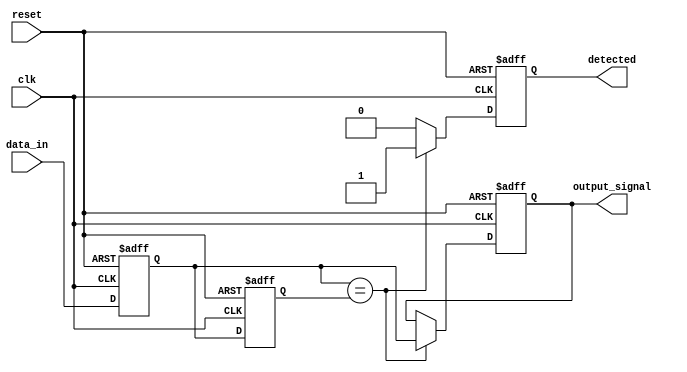
module MemoryBlocksSamplingDelayLineDetector #(
    parameter DATA_WIDTH = 8,         // Width of the input data
    parameter DELAY_LINE_LENGTH = 16,  // Number of memory blocks in the delay line
    parameter SAMPLING_RATE = 100      // Sampling rate (in Hz, for example)
)(
    input wire clk,                    // System clock
    input wire reset,                  // Asynchronous reset
    input wire [DATA_WIDTH-1:0] data_in, // Input sampled signal
    output reg [DATA_WIDTH-1:0] output_signal, // Output signal indicating detected patterns
    output reg detected                // Detection flag
);

    // Memory blocks (registers) for delay line
    reg [DATA_WIDTH-1:0] delay_line [0:DELAY_LINE_LENGTH-1];

    integer i;

    // Sampling and shifting logic
    always @(posedge clk or posedge reset) begin
        if (reset) begin
            // Reset all memory blocks to zero
            for (i = 0; i < DELAY_LINE_LENGTH; i = i + 1) begin
                delay_line[i] <= 0;
            end
            output_signal <= 0;
            detected <= 0;
        end else begin
            // Shift the samples through the delay line
            for (i = DELAY_LINE_LENGTH-1; i > 0; i = i - 1) begin
                delay_line[i] <= delay_line[i-1];
            end
            // Store the current sample in the first memory block
            delay_line[0] <= data_in;

            // Comparator logic to detect patterns
            // For this example, we will simply check for equality with the previous sample
            if (delay_line[0] == delay_line[1]) begin
                output_signal <= delay_line[0]; // Output current sample if detected
                detected <= 1;                   // Set detected flag
            end else begin
                detected <= 0;                   // Clear detected flag
            end
        end
    end

endmodule